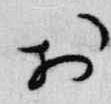
於